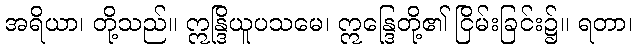
အရိယာ၊ တို့သည်။ ဣန္ဒြိယူပသမေ၊ ဣန္ဒြေတို့၏ ငြိမ်းခြင်း၌။ ရတာ၊